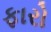
ફારો